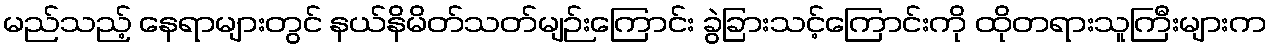
မည်သည့် နေရာများတွင် နယ်နိမိတ်သတ်မျဉ်းကြောင်း ခွဲခြားသင့်ကြောင်းကို ထိုတရားသူကြီးများက